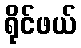
ရိုင်ဖယ်